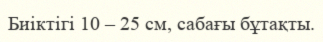
Биіктігі 10 – 25 см, сабағы бұтақты.